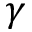
\gamma